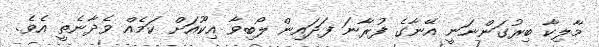
މާލިކާ ބިރުގަންނަނީ އޭނާގެ ފުރާނަ ފަދައިން ލޯބިވާ އިކޫއަށް ކަމެއް ވެދާނެތީ އެވެ.